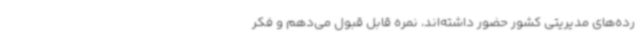
رده‌های مدیریتی کشور حضور داشته‌اند، نمره قابل قبول می‌دهم و فکر